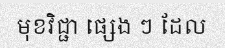
មុខវិជ្ជា ផ្សេង ៗ ដែល